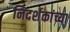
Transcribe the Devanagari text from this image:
निदर्शकांच्या